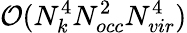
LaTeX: \mathcal{O}(N_{k}^{4}N_{occ}^{2}N_{vir}^{4})